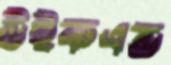
উইকএন্ড